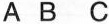
A B C